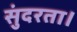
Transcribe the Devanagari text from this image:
सुंदरता।